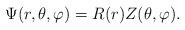
LaTeX: \begin{align*}\Psi(r,\theta,\varphi) = R(r) Z(\theta,\varphi).\end{align*}